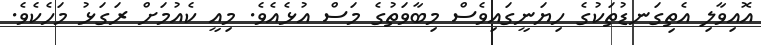
އޮއިވާލި އެތިގަނޑުތަކުގެ ހިޔަނީގައިވެސް މިބާވަތުގެ މަސް އުޅެއެވެ. މިއީ ކެއުމަށް ރަގަޅު މަހެކެވެ.